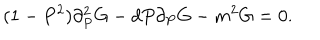
LaTeX: ( 1 - P ^ { 2 } ) \partial _ { P } ^ { 2 } G - d P \partial _ { P } G - m ^ { 2 } G = 0 .